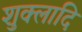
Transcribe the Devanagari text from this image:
शुक्लादि